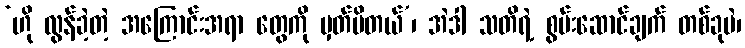
‘ဟို လွန်ခဲ့တဲ့ အကြောင်းအရာ တွေကို မှတ်မိတယ်’၊ အဲဒါ သတိရဲ့ စွမ်းဆောင်ချက် တစ်ခုပဲ၊